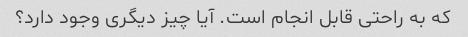
که به راحتی قابل انجام است. آیا چیز دیگری وجود دارد؟